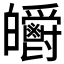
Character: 𤿃